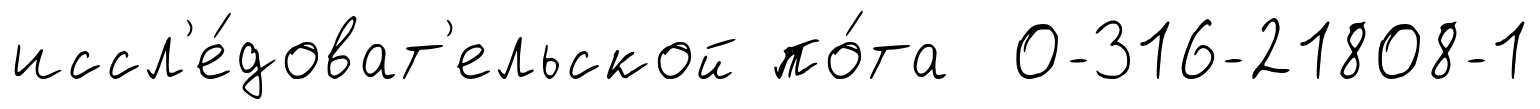
иссл'е́доват'ельской по́та 0-316-21808-1